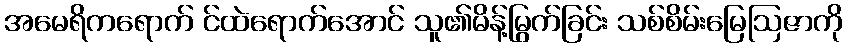
အမေရိကရောက် င်ထဲရောက်အောင် သူ၏မိန့်မြွက်ခြင်း သစ်စိမ်းမြေဩဇာကို